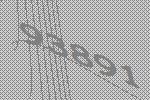
93891